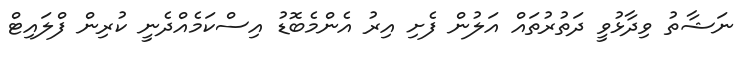
ނަޝާތު ވިދާޅުވީ ދަތުރުތައް އަލުން ފެށި އިރު އެންމެބޮޑު އިސްކަމެއްދެނީ ކުރިން ފްލައިޓް